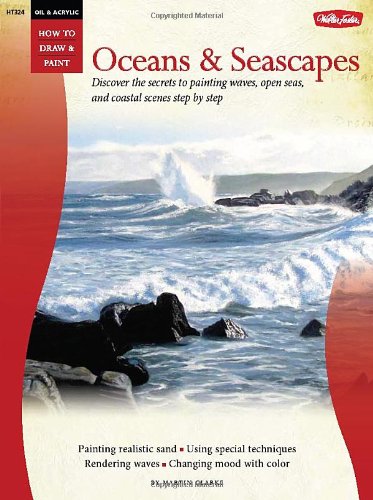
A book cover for Oil & Acrylic: Oceans & Seascapes (How to Draw & Paint); Martin Clarke; Arts & Photography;